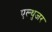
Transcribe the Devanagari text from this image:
एल्थुजर